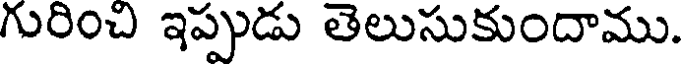
గురించి ఇప్పుడు తెలుసుకుందాము.